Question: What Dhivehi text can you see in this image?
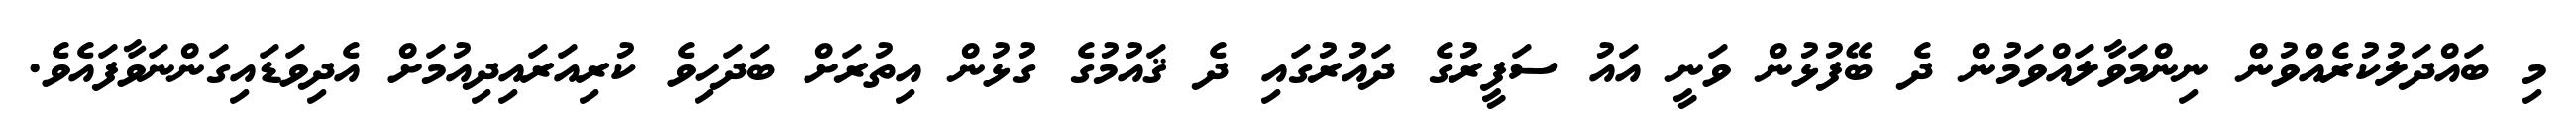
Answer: މި ބައްދަލުކުރެއްވުން ނިންމަވާލައްވަމުން ދެ ބޭފުޅުން ވަނީ އައު ސަފީރުގެ ދައުރުގައި ދެ ޤައުމުގެ ގުޅުން އިތުރަށް ބަދަހިވެ ކުރިއަރައިދިއުމަށް އެދިވަޑައިގަންނަވާފައެވެ.